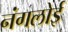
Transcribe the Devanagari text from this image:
नंगलोई